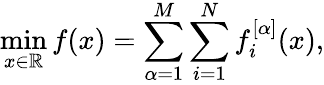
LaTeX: \operatorname*{min}_{x\in\mathbb{R}}f(x)=\sum_{\alpha=1}^{M}\sum_{i=1}^{N}f_{i}^{[\alpha]}(x),